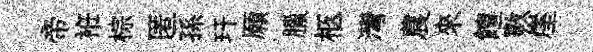
帝袵棕匿孫玕願臘柩灣農來饘斁崖